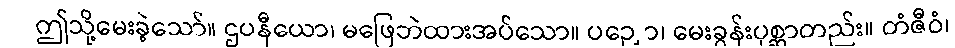
ဤသို့မေးခဲ့သော်။ ဌပနီယော၊ မဖြေဘဲထားအပ်သော။ ပဉှော၊ မေးခွန်းပုစ္ဆာတည်း။ တံဇီဝံ၊